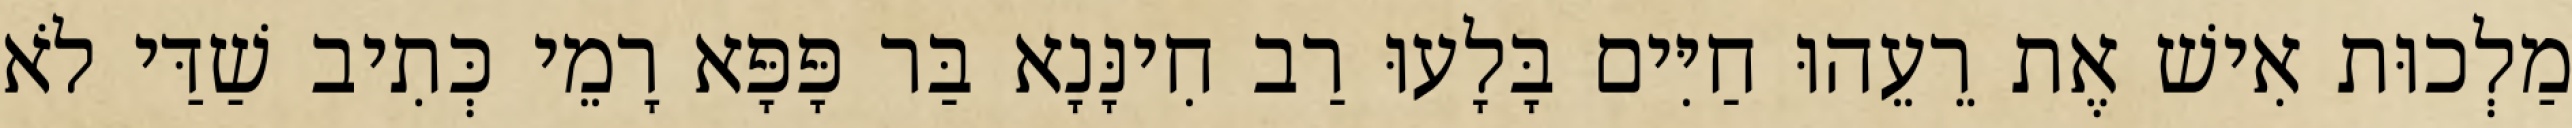
מַלְכוּת אִישׁ אֶת רֵעֵהוּ חַיִּים בָּלָעוּ רַב חִינָּנָא בַּר פָּפָּא רָמֵי כְּתִיב שַׁדַּי לֹא